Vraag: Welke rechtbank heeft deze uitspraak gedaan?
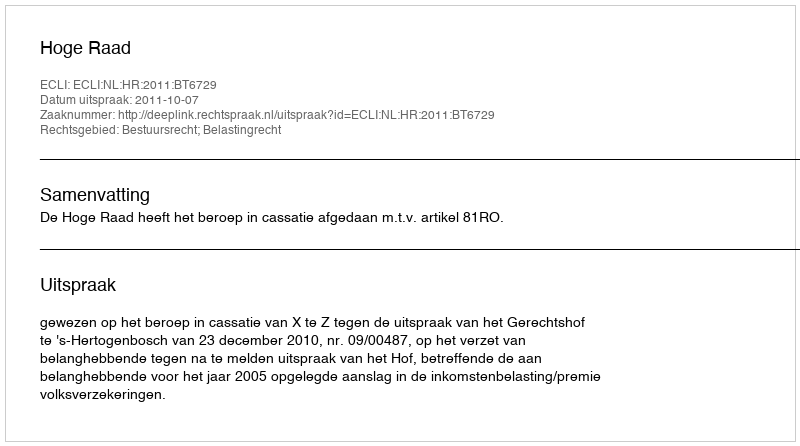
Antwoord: Hoge Raad